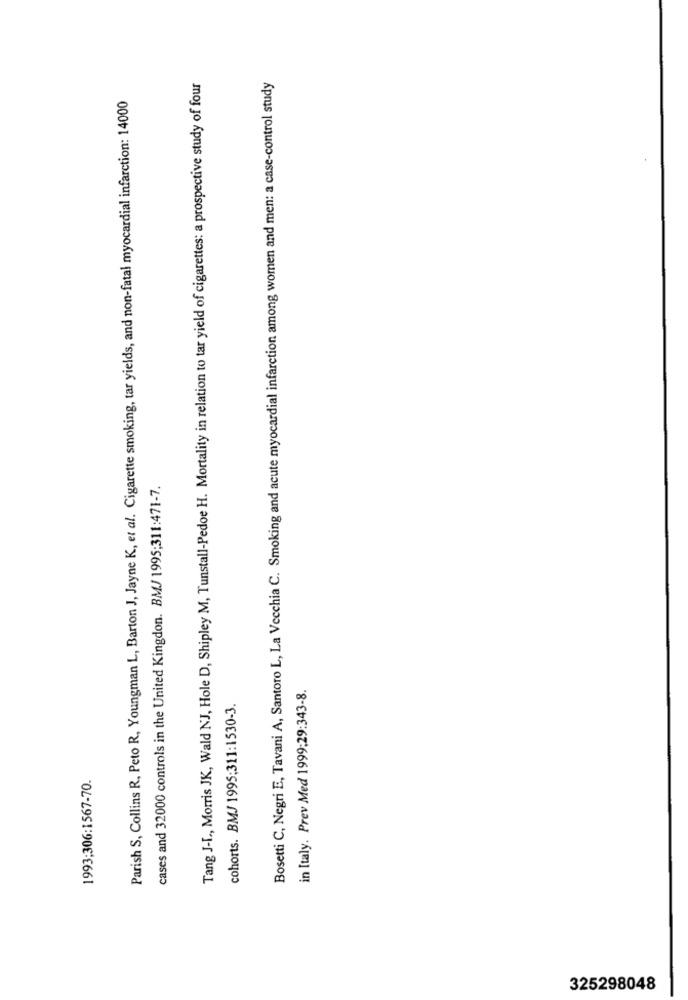
Tang J-L ., Morris JK, Wald NJ, Hole D, Shipley M, Tunstall-Pedoe H. Mortality in relation to tar yield of cigarettes: a prospective study of four
Bosetti C, Negri E, Tavani A, Santoro L, La Vecchia C. Smoking and acute myocardial infarction among women and men: a case-control study
Parish S, Collins R, Peto R, Youngman L, Barton J, Jayne K, et al. Cigarette smoking, tar yields, and non-fatal myocardial infarction: 14000
cases and 32000 controls in the United Kingdon. BMJ 1995;311:471-7.
in Italy. Prev Med 1999:29:343-8.
cohorts. BMJ 1995;311:1530-3.
1993:306:1567-70.
325298048